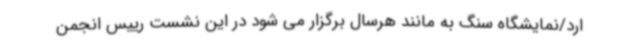
ارد/نمایشگاه سنگ به مانند هرسال برگزار می شود در این نشست رییس انجمن